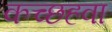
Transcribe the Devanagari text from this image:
कच्छहवा